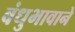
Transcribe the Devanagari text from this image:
बंधुभावाने